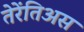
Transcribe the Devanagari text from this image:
तेरेंतिअस